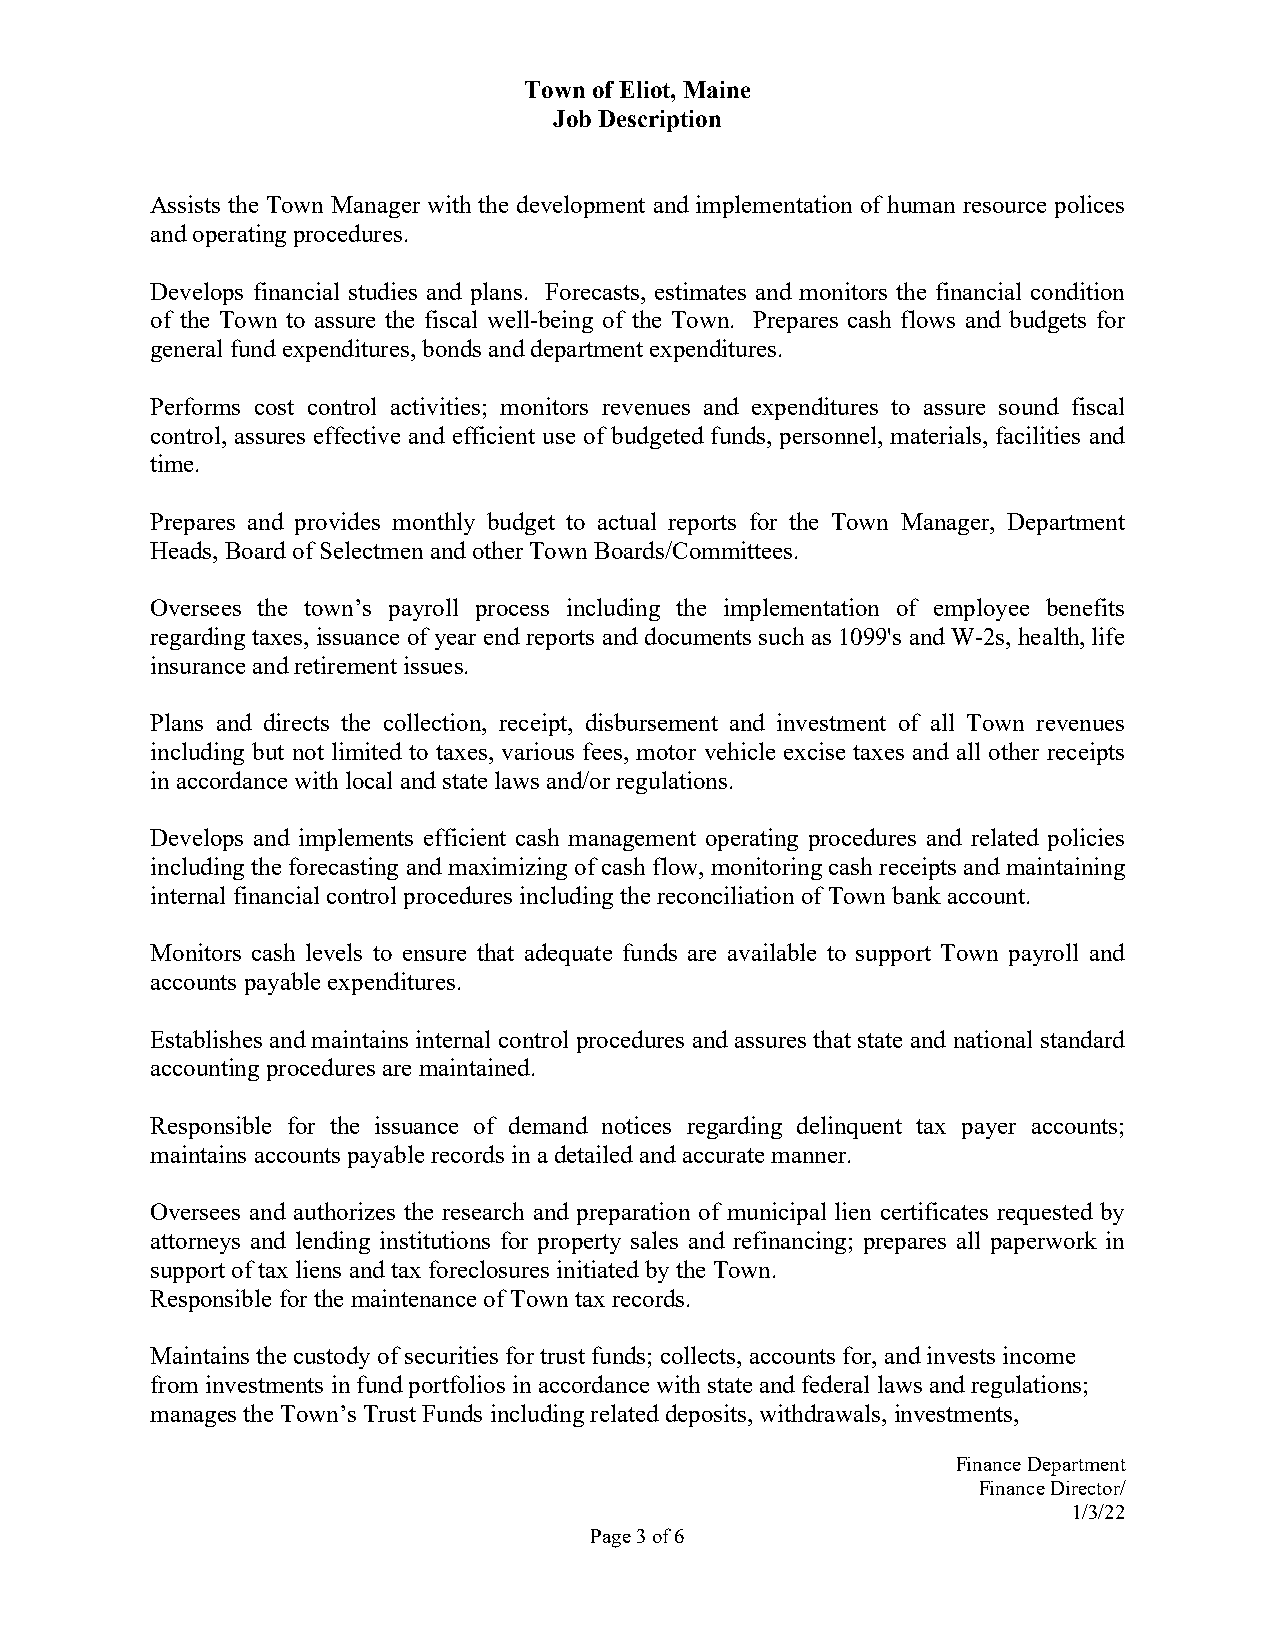
Town of Eliot, Maine
 Job Description
 Assists the Town Manager with the development and implementation of human resource polices
 and operating procedures.
 Develops financial studies and plans. Forecasts, estimates and monitors the financial condition
 of the Town to assure the fiscal well-being of the Town. Prepares cash flows and budgets for
 general fund expenditures, bonds and department expenditures.
 Performs cost control activities; monitors revenues and expenditures to assure sound fiscal
 control, assures effective and efficient use of budgeted funds, personnel, materials, facilities and
 time.
 Prepares and provides monthly budget to actual reports for the Town Manager, Department
 Heads, Board of Selectmen and other Town Boards/Committees.
 Oversees the town’s payroll process including the implementation of employee benefits
 regarding taxes, issuance of year end reports and documents such as 1099's and W-2s, health, life
 insurance and retirement issues.
 Plans and directs the collection, receipt, disbursement and investment of all Town revenues
 including but not limited to taxes, various fees, motor vehicle excise taxes and all other receipts
 in accordance with local and state laws and/or regulations.
 Develops and implements efficient cash management operating procedures and related policies
 including the forecasting and maximizing of cash flow, monitoring cash receipts and maintaining
 internal financial control procedures including the reconciliation of Town bank account.
 Monitors cash levels to ensure that adequate funds are available to support Town payroll and
 accounts payable expenditures.
 Establishes and maintains internal control procedures and assures that state and national standard
 accounting procedures are maintained.
 Responsible for the issuance of demand notices regarding delinquent tax payer accounts;
 maintains accounts payable records in a detailed and accurate manner.
 Oversees and authorizes the research and preparation of municipal lien certificates requested by
 attorneys and lending institutions for property sales and refinancing; prepares all paperwork in
 support of tax liens and tax foreclosures initiated by the Town.
 Responsible for the maintenance of Town tax records.
 Maintains the custody of securities for trust funds; collects, accounts for, and invests income
 from investments in fund portfolios in accordance with state and federal laws and regulations;
 manages the Town’s Trust Funds including related deposits, withdrawals, investments,
 Finance Department
 Finance Director/
 1/3/22
 Page 3 of 6